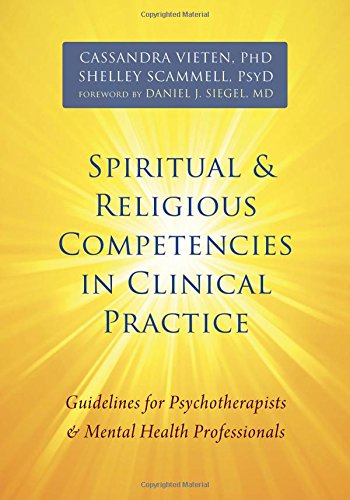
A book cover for Spiritual and Religious Competencies in Clinical Practice: Guidelines for Psychotherapists and Mental Health Professionals; Cassandra Vieten PhD; Religion & Spirituality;